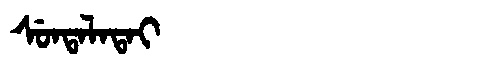
Manchu: ᠰᡠᠨᡨᠠᠯᠠᡨᠠᡳ
Romanization: SUNTALATAI